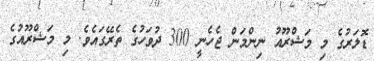
ޑޮލަރުގެ މި މަޝްރޫއު ނިންމަން ޖެހެނީ 300 ދުވަހުގެ ތެރޭގައެވެ. މި މަޝްރޫއުގެ